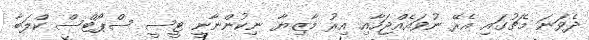
ދެވަނަ މެޗުގައި އެރޭ ނުވައެއްޖަހާއި އިރު މާޒިޔާ ނިކުންނާނީ ޓީސީ ސްޕޯޓްސް ކްލަބާ